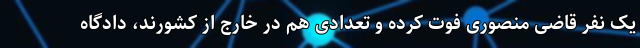
یک نفر قاضی منصوری فوت کرده و تعدادی هم در خارج از کشورند، دادگاه